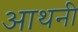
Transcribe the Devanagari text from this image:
आथनी